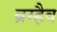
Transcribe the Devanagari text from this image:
ब्रम्हैव